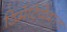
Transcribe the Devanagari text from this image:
डिमेंटियेवाला